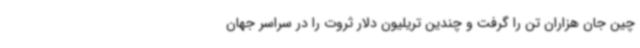
چین جان هزاران تن را گرفت و چندین تریلیون دلار ثروت را در سراسر جهان